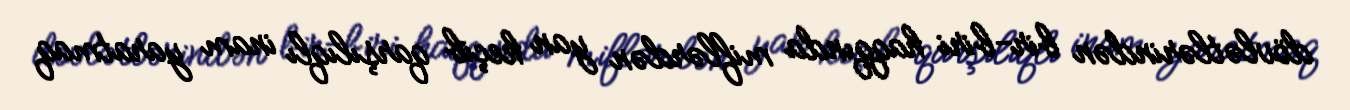
dövlətlərindən bir-biri haqqında miflərdən yan keçib qarşılıqlı inam yaratmaq